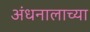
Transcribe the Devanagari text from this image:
अंधनालाच्या